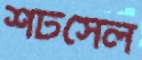
শর্টসেল